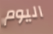
اليوم